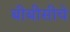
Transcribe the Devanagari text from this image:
बीबीसीचे